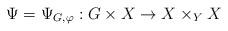
LaTeX: \begin{align*}\Psi=\Psi_{G,\varphi}:G\times X\rightarrow X\times_Y X\end{align*}